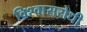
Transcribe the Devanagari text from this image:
विश्‍वासरोधी